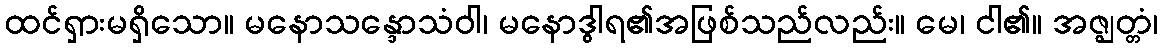
ထင်ရှားမရှိသော။ မနောသန္ဒောသံဝါ၊ မနောဒွါရ၏အဖြစ်သည်လည်း။ မေ၊ ငါ၏။ အဇ္ဈတ္တံ၊